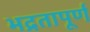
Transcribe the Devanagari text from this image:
भद्रतापूर्ण